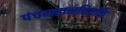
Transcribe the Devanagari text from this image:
पंचमहानदियोंके